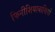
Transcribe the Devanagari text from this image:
फिनीशियावासियों